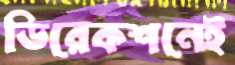
ডিরেকশনেই